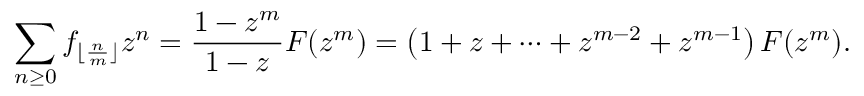
\sum _ { n \geq 0 } f _ { \lfloor { \frac { n } { m } } \rfloor } z ^ { n } = { \frac { 1 - z ^ { m } } { 1 - z } } F ( z ^ { m } ) = \left( 1 + z + \cdots + z ^ { m - 2 } + z ^ { m - 1 } \right) F ( z ^ { m } ) .